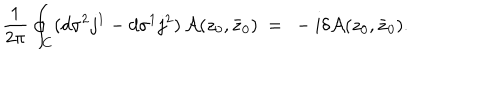
\frac { 1 } { 2 \pi } \oint _ { C } ( d \sigma ^ { 2 } j ^ { 1 } - d \sigma ^ { 1 } j ^ { 2 } ) \, { \cal A } ( z _ { 0 } , \bar { z } _ { 0 } ) \ = \ - i \delta { \cal A } ( z _ { 0 } , \bar { z } _ { 0 } ) .